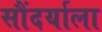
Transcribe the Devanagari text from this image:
सौंदर्याला